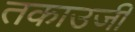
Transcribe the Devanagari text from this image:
तकाउजी